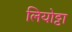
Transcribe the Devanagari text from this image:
लियोट्टा